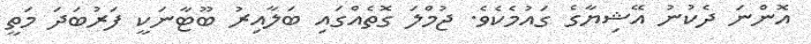
އޮންނަ ދެކުނު އޭޝިޔާގެ ގައުމެކެވެ. ޖުމްލަ ގޮތެއްގައި ބަލާއިރު ބޫޓާނަކީ ފަރުބަދަ މަތީ